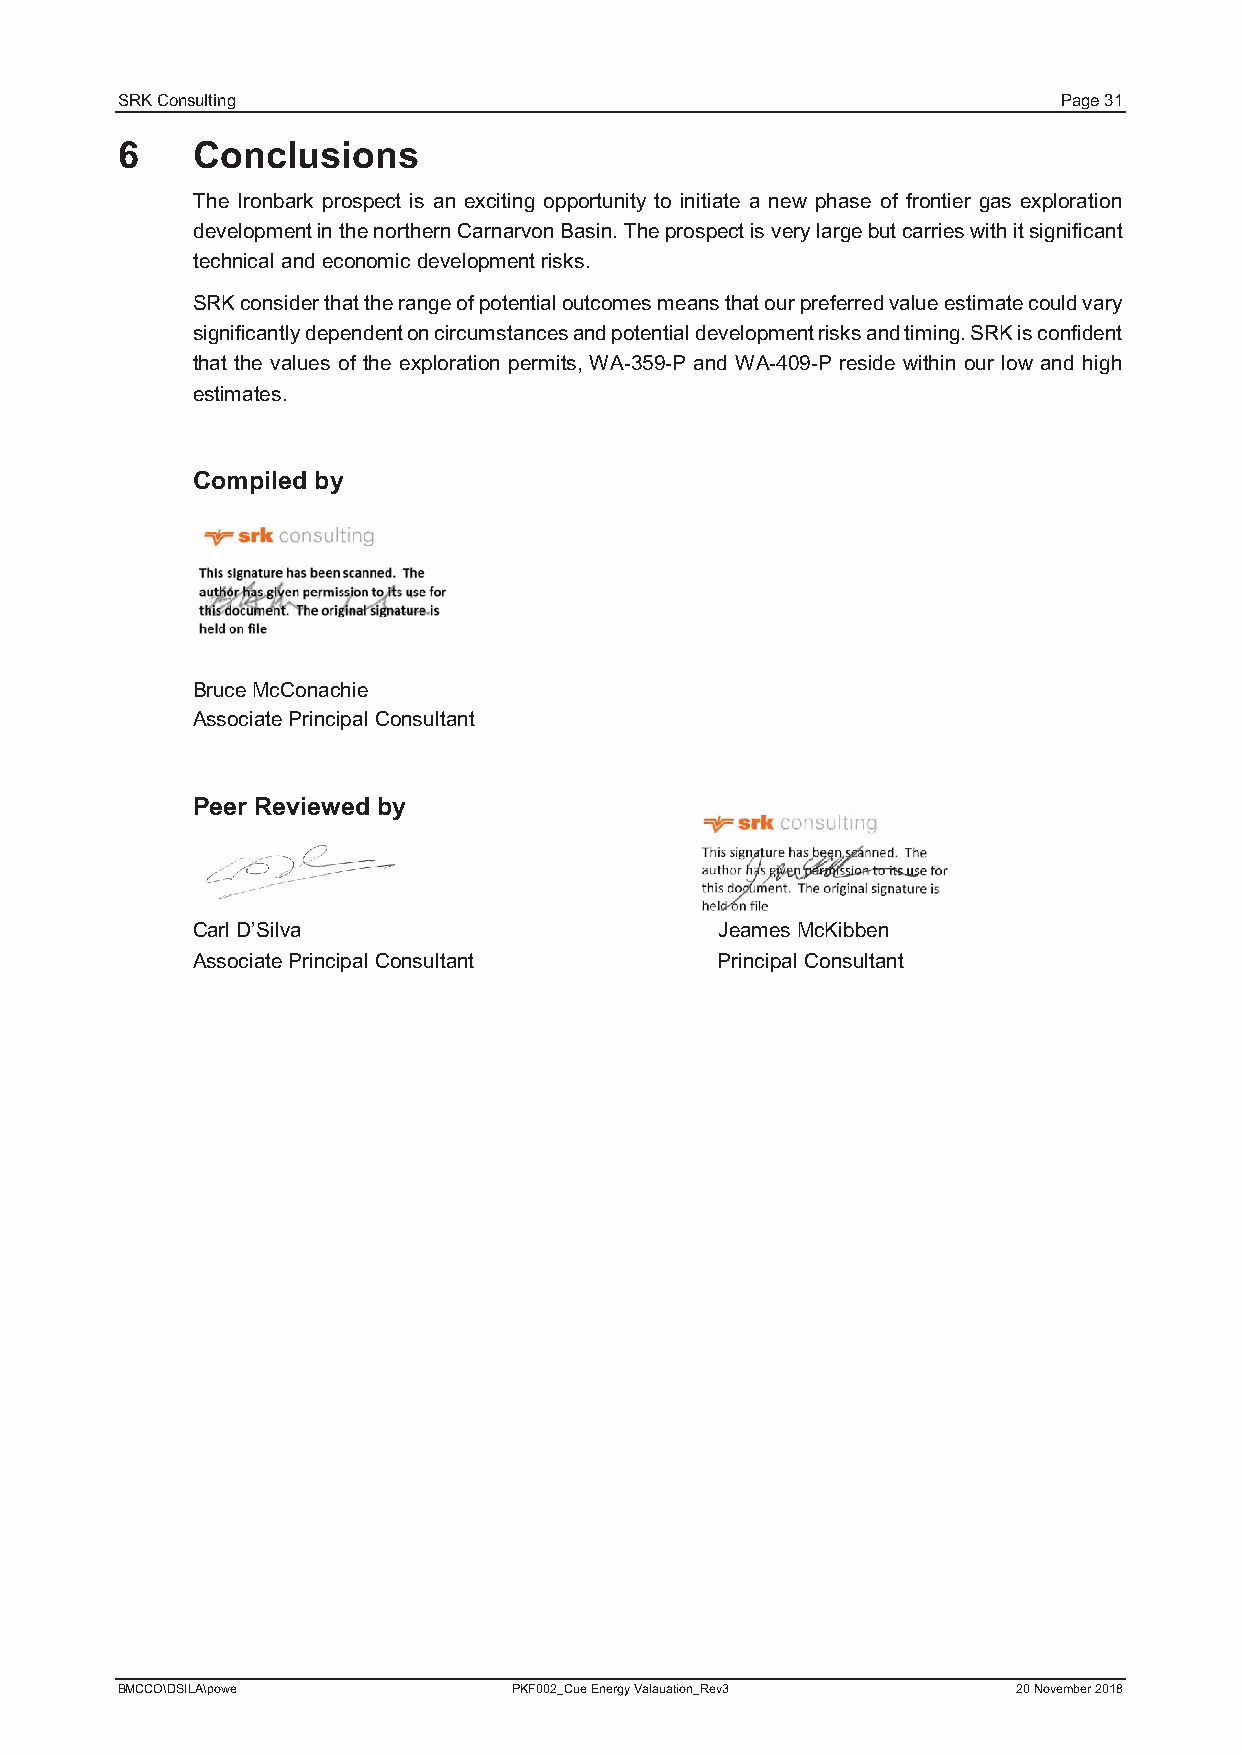
SRK Consulting                                                Page 31
 6    Conclusions
 The Ironbark prospect is an exciting opportunity to initiate a new phase of frontier gas exploration
 development in the northern Carnarvon Basin. The prospect is very large butcarries with it significant
 technical and economic development risks.
 SRK consider that the range of potential outcomes means that our preferred value estimate could vary
 significantly dependent on circumstances and potential development risks and timing. SRK is confident
 that the values of the exploration permits, WA-359-P and WA-409-P reside within our low and high
 estimates.
 Compiled by
 Bruce McConachie
 Associate Principal Consultant
 Peer Reviewed by
 Carl D’Silva                       Jeames McKibben
 Associate Principal Consultant     Principal Consultant
 BMCCO\DSILA\powe          PKF002_Cue Energy Valauation_Rev3 20 November 2018